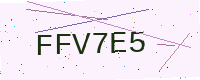
Text: FFV7E5